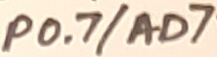
Text: P0.7/AD7